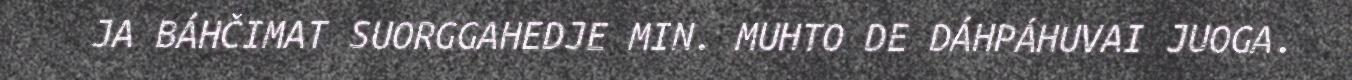
JA BÁHČIMAT SUORGGAHEDJE MIN. MUHTO DE DÁHPÁHUVAI JUOGA.